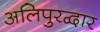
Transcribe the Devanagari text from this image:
अलिपुरद्वार